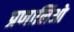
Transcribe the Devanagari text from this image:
प्रणालिओ